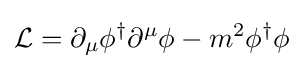
{\mathcal {L}}=\partial _{\mu }\phi ^{\dagger }\partial ^{\mu }\phi -m^{2}\phi ^{\dagger }\phi